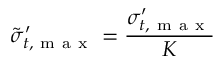
\tilde { \sigma } _ { t , \mathrm { ~ m ~ a ~ x ~ } } ^ { \prime } = \frac { \sigma _ { t , \mathrm { ~ m ~ a ~ x ~ } } ^ { \prime } } { K }